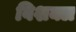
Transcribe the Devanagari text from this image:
विशक्ल